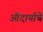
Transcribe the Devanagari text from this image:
औदार्याचे